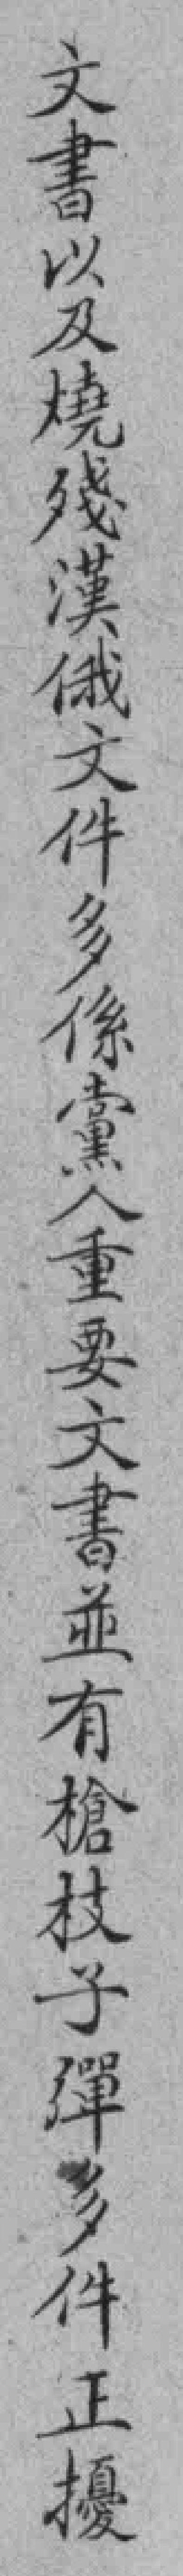
文書以及燒殘漢俄文件多係黨人重要文書並有槍枝子彈多件正擾